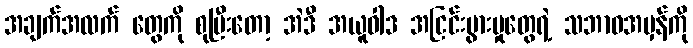
အချက်အလက် တွေကို စုပြီးတော့ အဲဒီ အယူဝါဒ အငြင်းပွားမှုတွေရဲ့ သဘာဝအမှန်ကို